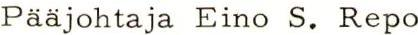
Pääjohtaja Eino S. Repo